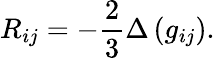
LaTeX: R_{ij}=-{\frac{2}{3}}\Delta\left(g_{ij}\right).